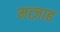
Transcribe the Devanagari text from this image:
मत्ज़ाह